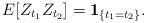
LaTeX: \begin{align*} E[ Z_{t_1} Z_{t_2}]=\mathbf{1}_{ \{t_1 =t_2\}}.\end{align*}